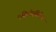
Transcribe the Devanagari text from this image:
एसिटोएसिटिक